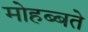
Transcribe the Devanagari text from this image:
मोहब्बते